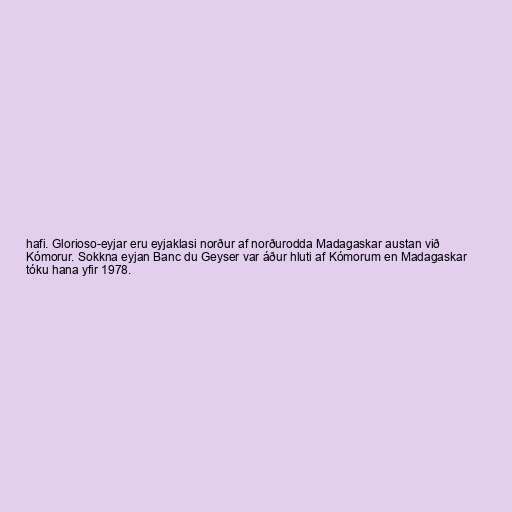
hafi. Glorioso-eyjar eru eyjaklasi norður af norðurodda Madagaskar austan við
Kómorur. Sokkna eyjan Banc du Geyser var áður hluti af Kómorum en Madagaskar
tóku hana yfir 1978.